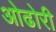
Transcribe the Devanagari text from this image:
ओढोरी